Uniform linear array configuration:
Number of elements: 24
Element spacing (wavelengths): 0.75
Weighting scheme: hamming
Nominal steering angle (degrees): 45
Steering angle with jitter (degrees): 43.492
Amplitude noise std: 0.05
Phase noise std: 0.05

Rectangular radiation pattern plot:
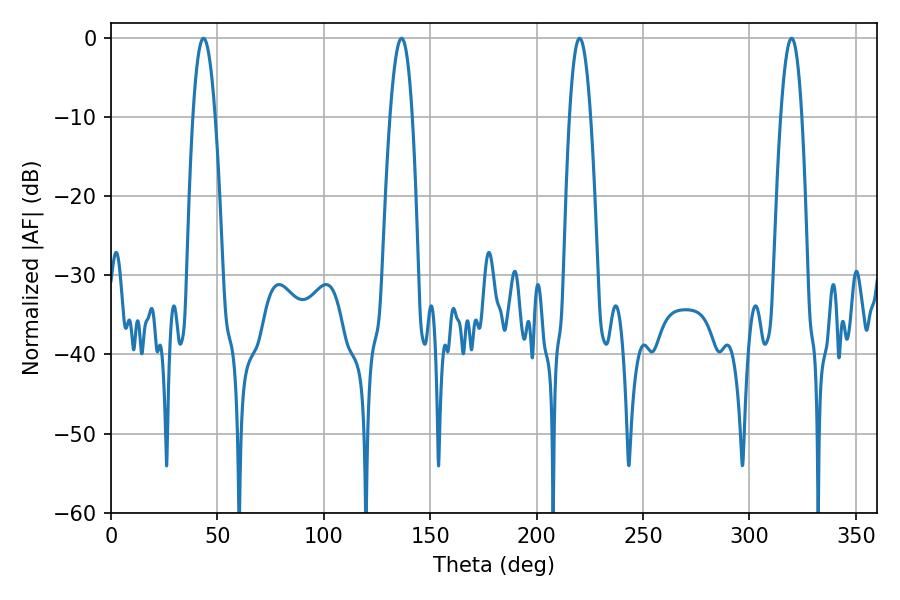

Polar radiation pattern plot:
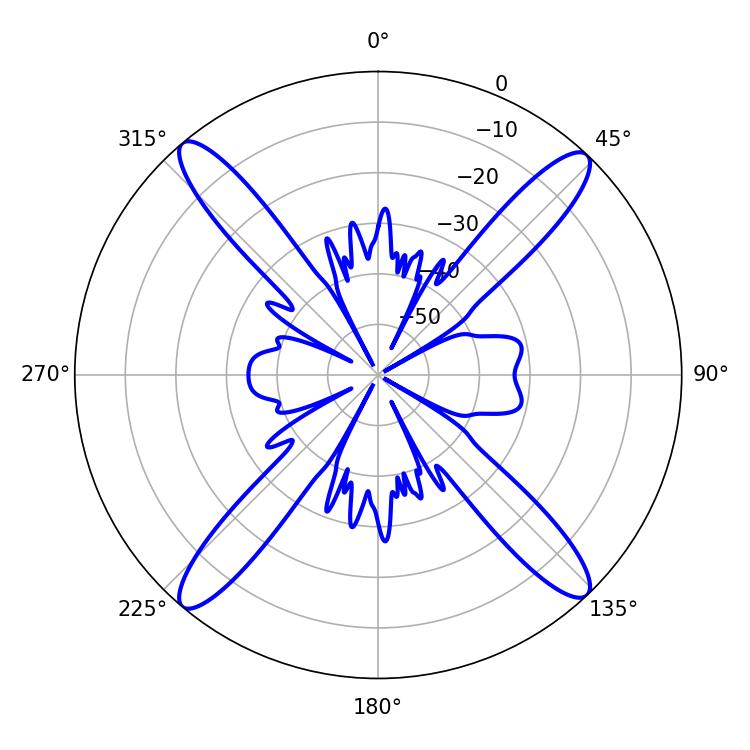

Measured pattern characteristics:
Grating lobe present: TRUE
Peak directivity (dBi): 20.814
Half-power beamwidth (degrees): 5.4
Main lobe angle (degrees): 220.14